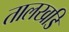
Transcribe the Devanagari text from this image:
तालखडि